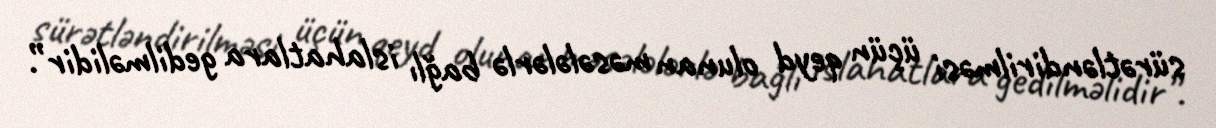
sürətləndirilməsi üçün qeyd olunan məsələlərlə bağlı islahatlara gedilməlidir”.